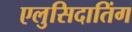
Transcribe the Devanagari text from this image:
एलुसिदातिंग